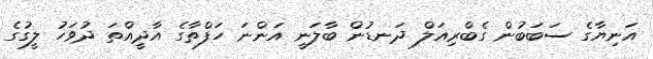
އަނިޔާގެ ސަބަބުން ގެބްރިއަލް ދަނޑުން ބާލަނީ އަންނަ ހަފްތާގެ އާދީއްތަ ދުވަހު ލީގުގެ